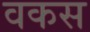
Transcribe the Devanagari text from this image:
वकस